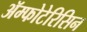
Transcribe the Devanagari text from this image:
ॲम्फोटेरिसिन